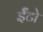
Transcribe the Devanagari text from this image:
ईँटो